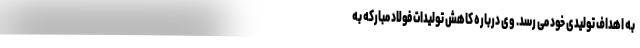
به اهداف تولیدی خود می رسد. وی درباره کاهش تولیدات فولاد مبارکه به